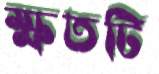
ক্ষতটি